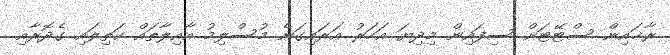
ރާޚައިން ސްޓޭޓަށް ސިފައިން މިދިޔަ އަހަރު އަރައިގަނެ މުސްލިމު އާއިލާތައް ކަތިލައި ގެދޮރާއި